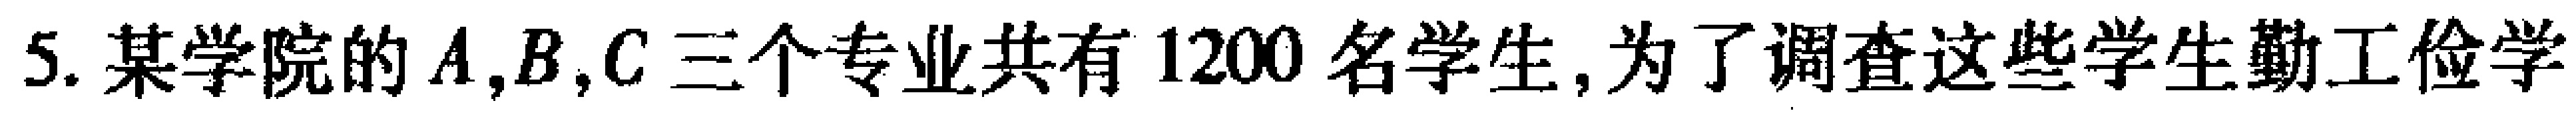
5. 某学院的\(A,B,C\)三个专业共有\(1200\)名学生, 为了调查这些学生勤工俭学